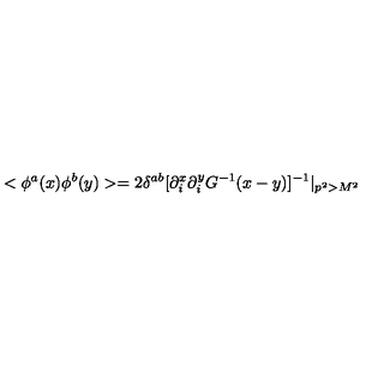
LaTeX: < \phi ^ { a } ( x ) \phi ^ { b } ( y ) > = 2 \delta ^ { a b } [ \partial _ { i } ^ { x } \partial _ { i } ^ { y } G ^ { - 1 } ( x - y ) ] ^ { - 1 } | _ { p ^ { 2 } > M ^ { 2 } }